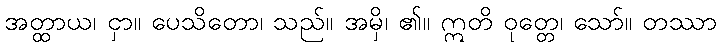
အတ္ထာယ၊ ငှာ။ ပေသိတော၊ သည်။ အမှိ၊ ၏။ ဣတိ ဝုတ္တေ၊ သော်။ တဿာ